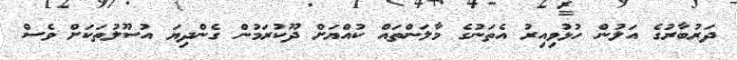
ދަރުބާރުގެ އަލުން ހުޅުވިއިރު އެތަނުގެ މާލަންތައް ކުއްޔަށް ދޫކުރަމުން ގެންދިޔަ އުސޫލުތަކަށް ވެސް